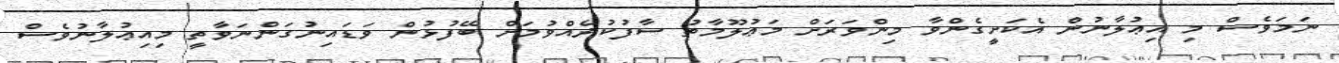
ނަމަވެސް މި އިޢުލާނުން އެކަށީގެންވާ މިންވަރަށް މަޢުލޫމާތު ސާފުކުރެއްވުމަށް ބޭފުޅުން ވަޑައިނުގަންނަވާތީ މިއިޢުލާނުވެސް